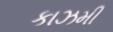
કાઝમી